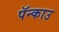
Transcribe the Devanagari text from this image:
पॅन्काउ